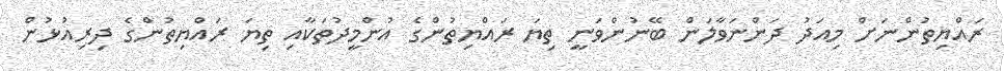
ރައްޔިތުންނަށް މިއަދު ދަންނަވާލަން ބޭނުންވަނީ ތިޔަ ރައްޔިތުންގެ އުންމީދުތަކާއި ތިޔަ ރައްޔިތުންގެ ދިރިއުޅުން